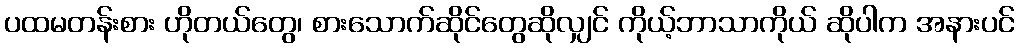
ပထမတန်းစား ဟိုတယ်တွေ၊ စားသောက်ဆိုင်တွေဆိုလျှင် ကိုယ့်ဘာသာကိုယ် ဆိုပါက အနားပင်